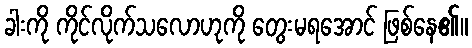
ခါးကို ကိုင်လိုက်သလောဟုကို တွေးမရအောင် ဖြစ်နေ၏။